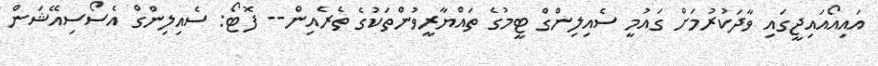
އައިއޯއައިޖީގައި ވާދަކުރުމަށް ގައުމީ ސެއިލިންގް ޓީމުގެ ތައްޔާރީވުންތަކުގެ ތެރެއިން-- ފޮޓޯ: ސެއިލިންގް އެސޯސިއޭޝަން